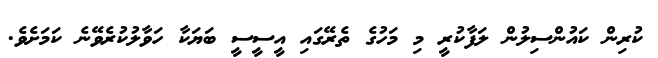
ކުރިން ކައުންސިލުން ލަފާކުރީ މި މަހުގެ ތެރޭގައި އީސީސީ ބަޔަކާ ހަވާލުކުރެވޭނެ ކަމަށެވެ.